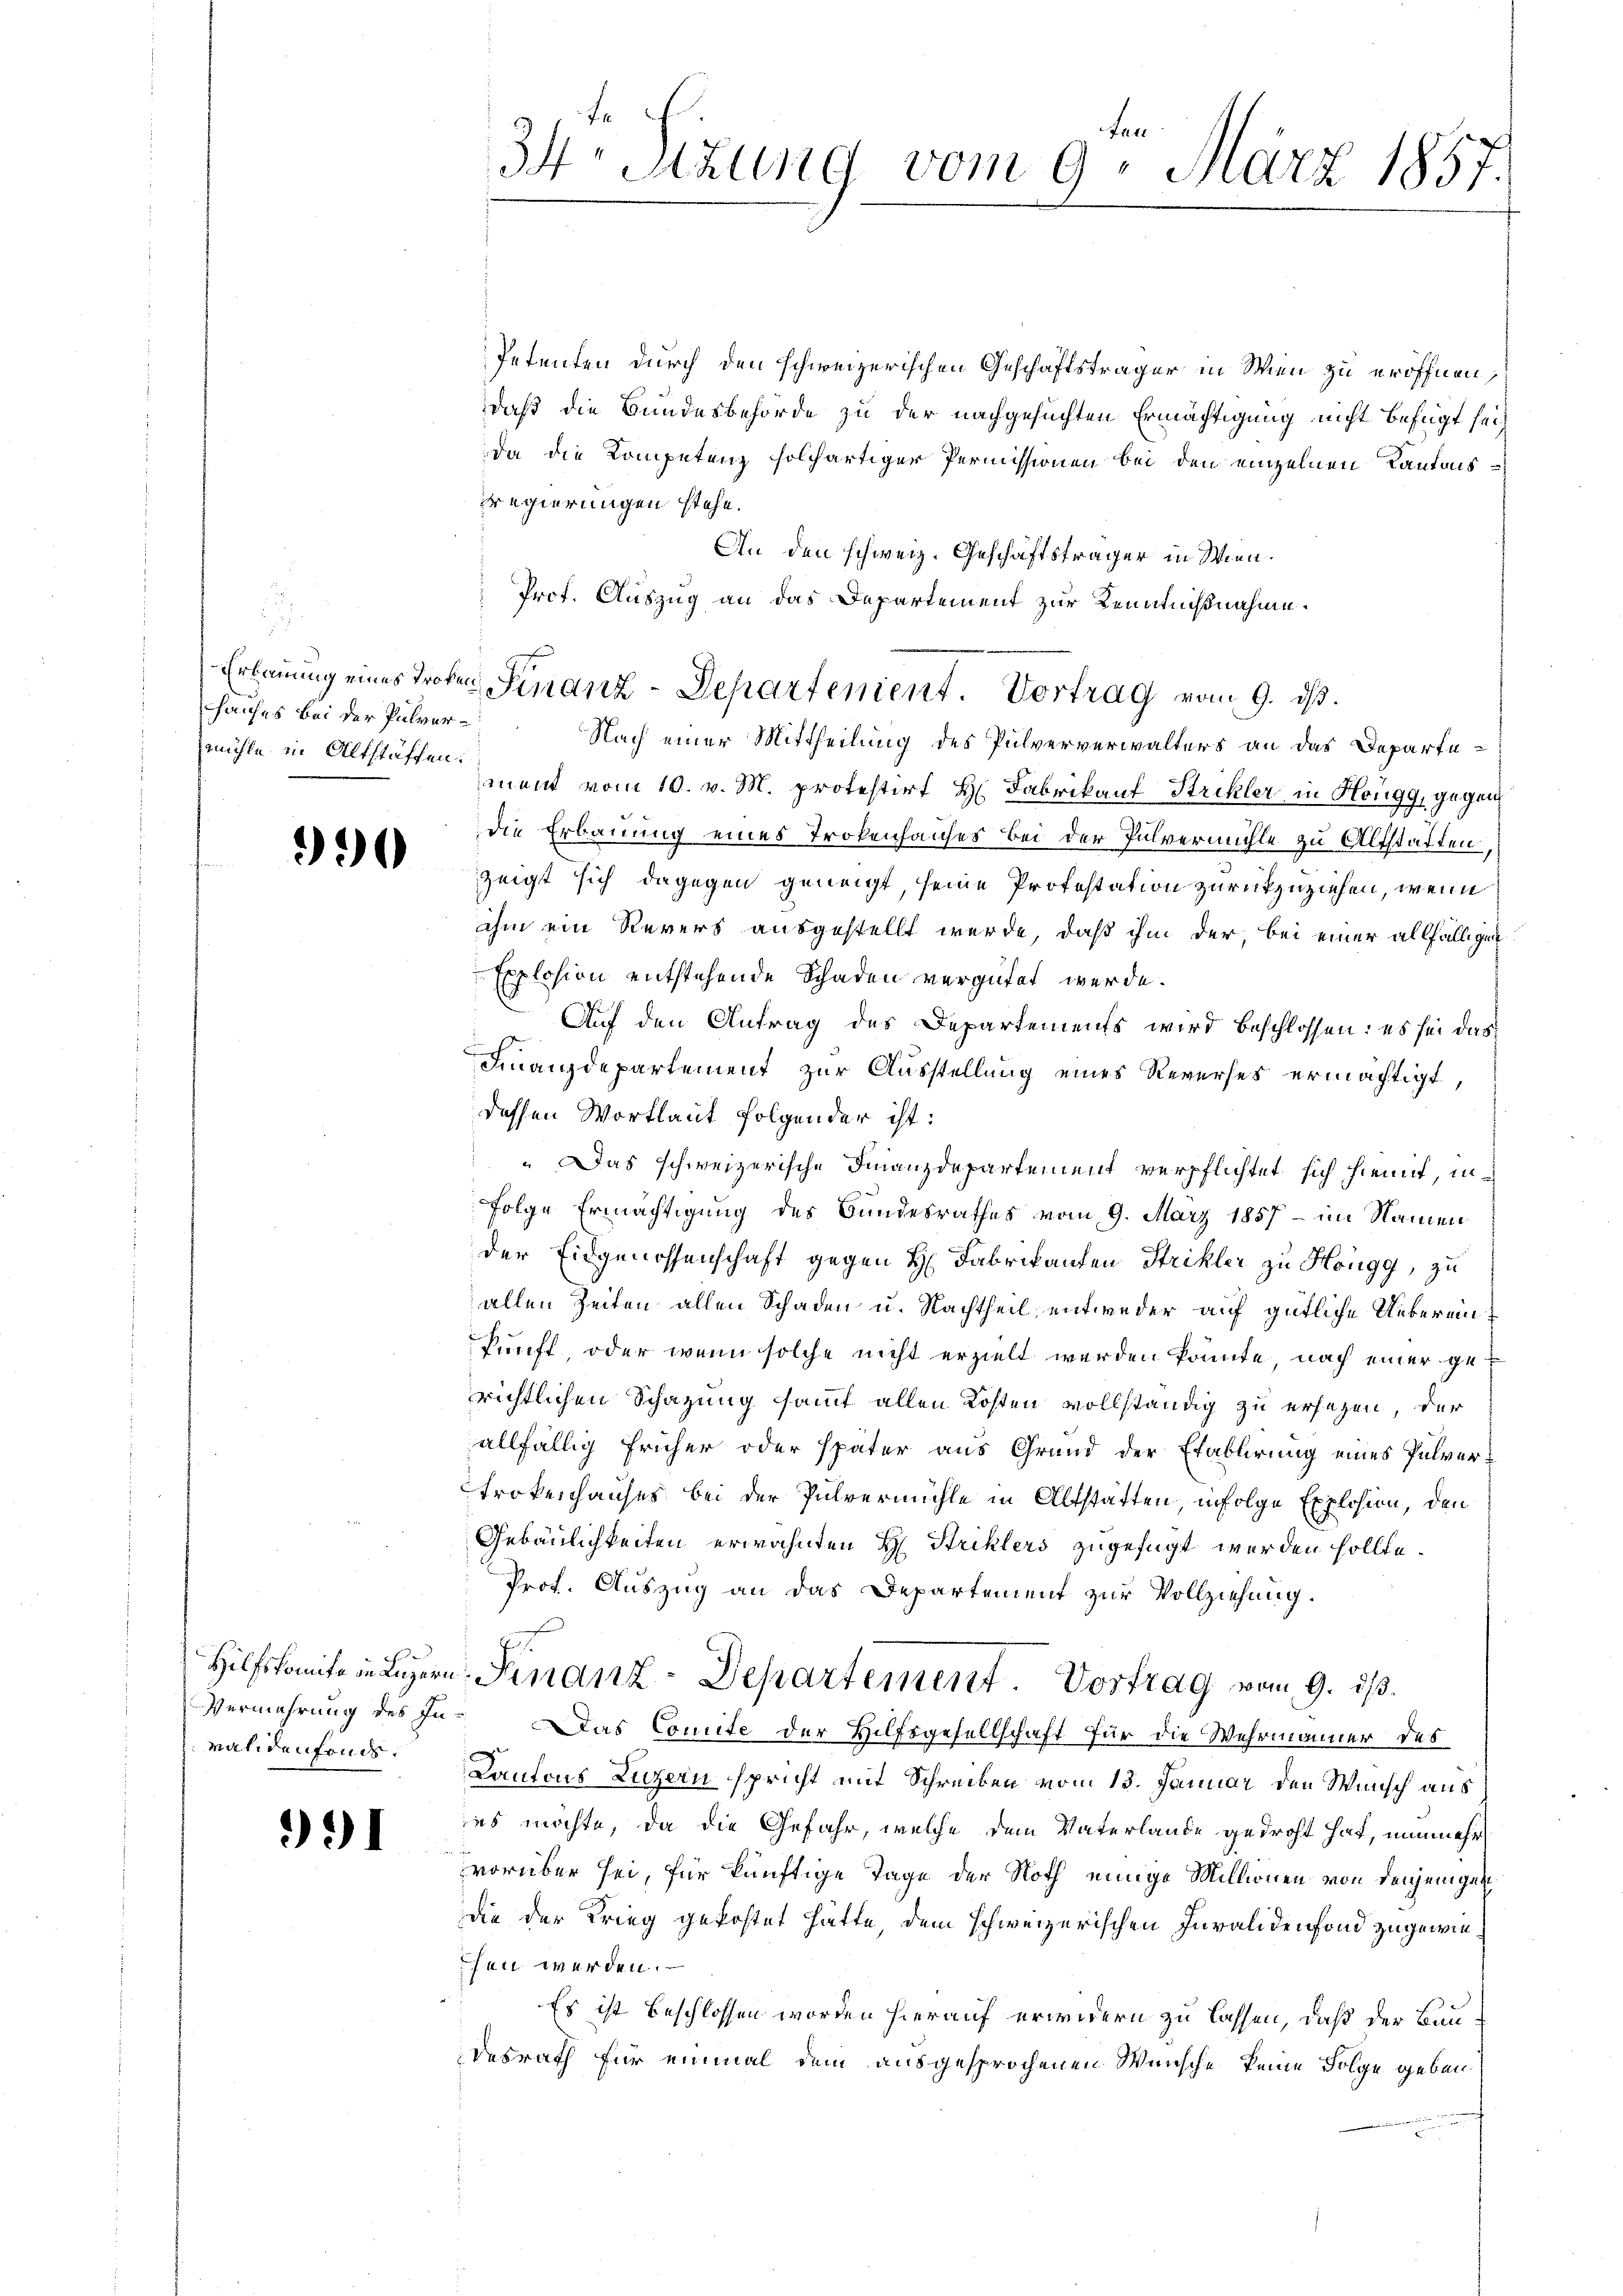
hauses bei der Pulvermühle in Altstaffen:

390

validenfonds.

991

Petenten durch den schweizerischen Geschäftsträger in Wien zu eröffnen,
daß die Bundesbehörde zu der nachgesuchten Ermächtigung nicht befügt sei
da die Kompetenz solchartiger Permissionen bei den einzelnen Kantonsdregierungen stehe.
An den schweiz. Geschäftsträger in Wien.
Nach einer Mittheilung des Pulververwalters an das Departement vom 10. v. M. protestirt H. Fabrikauf Strikler in Höngg, gegen
die Erbauung eines Trokenhauses bei der Pulvermühle zu Altstatten,
zeigt sich dagegen geneigt, seine Protestation zurückzuziehen, wenn
ihm ein Revers ausgestellt werde, daß ihm der, bei einer allfälligen
Explosion entstehende Schaden vergütet werde.
Auf den Antrag des Departements wird beschlossen: es sei das
Finanzdepartement zur Ausstellung eines Reverses ermächtigt,
dessen Wortlaut folgender ist:
" Das schweizerische Finanzdepartement verpflichtet sich hiemit, in¬
Folge Ermächtigung des Bundesrathes vom 9. März 1857 - im Namen
der Eidgenossenschaft gegen H. Fabrikanten Strikler zu Höngg, zu
allen Zeiten allen Schaden u. Nachtheil, entweder auf gütliche Uebereinkunft, oder wenn solche nicht erzielt werden könnte, nach einer gerichtlichen Schazung sammt allen Kosten vollständig zu ersezen, der
allfällig früher oder später aus Grund der Etablirung eines Pulvertrokenhauses bei der Pulvermühle in Altstätten, infolge Explosion, den
Gebäulichkeiten erwähnten H: Striklers zugefügt werden sollte.
Prof. Auszug an das Departement zur Vollziehung.
E
Hilfskomitein Luzern Finanz-Departement. Vortrag vom 9. ds.
Vermehrung des In- Das Comite der Hilfsgesellschaft für die Wehrmanner des
Kantons Luzern spricht mit Schreiben vom 13. Januar den Wunsch aus
es möchte, da die Gefahr, welche dem Vaterlande gedroht hat, nunmehr
vorüber sei, für künftige Tage der Noth einige Millionen von denjenigen
die der Krieg gekostet hätte, dem schweizerischen Invalidenfond zugewiesen werden.
Es ist beschlossen worden hierauf erwidern zu lassen, daß der Bundesrath für einmal dem ausgesprochenen Wünsche keine Folge geben.

fen
34 Stzung vom 9. März 1857.

Prof. Auszug an das Departement zur Kenntnißnahme.
Erbauung eines Troten Finanz-Departement. Vortrag vom 9. ds.